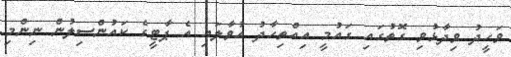
ވަހީދު ވިދާޅުވި ގޮތުގައި ގައުމީ އިއްތިހާދު އުވާލައި އެ ޕާޓީގެ ކައުންސިލުން ނިންމި